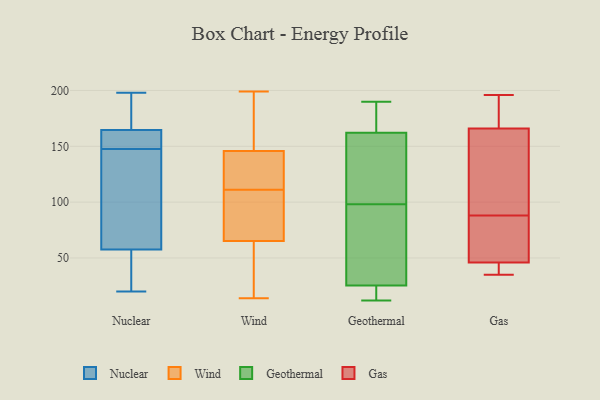
{"axis": {"x": "Energy Usage (MWh)", "y": "Value"}, "legend": ["Gas", "Geothermal", "Nuclear", "Wind"], "data": [{"x": "", "y": 100, "type": "Nuclear"}, {"x": "", "y": 52, "type": "Nuclear"}, {"x": "", "y": 33, "type": "Nuclear"}, {"x": "", "y": 142, "type": "Nuclear"}, {"x": "", "y": 161, "type": "Nuclear"}, {"x": "", "y": 168, "type": "Nuclear"}, {"x": "", "y": 63, "type": "Nuclear"}, {"x": "", "y": 198, "type": "Nuclear"}, {"x": "", "y": 153, "type": "Nuclear"}, {"x": "", "y": 157, "type": "Nuclear"}, {"x": "", "y": 20, "type": "Nuclear"}, {"x": "", "y": 179, "type": "Nuclear"}, {"x": "", "y": 65, "type": "Wind"}, {"x": "", "y": 152, "type": "Wind"}, {"x": "", "y": 66, "type": "Wind"}, {"x": "", "y": 25, "type": "Wind"}, {"x": "", "y": 179, "type": "Wind"}, {"x": "", "y": 199, "type": "Wind"}, {"x": "", "y": 115, "type": "Wind"}, {"x": "", "y": 14, "type": "Wind"}, {"x": "", "y": 127, "type": "Wind"}, {"x": "", "y": 125, "type": "Wind"}, {"x": "", "y": 167, "type": "Wind"}, {"x": "", "y": 106, "type": "Wind"}, {"x": "", "y": 50, "type": "Wind"}, {"x": "", "y": 111, "type": "Wind"}, {"x": "", "y": 70, "type": "Wind"}, {"x": "", "y": 154, "type": "Geothermal"}, {"x": "", "y": 165, "type": "Geothermal"}, {"x": "", "y": 170, "type": "Geothermal"}, {"x": "", "y": 177, "type": "Geothermal"}, {"x": "", "y": 13, "type": "Geothermal"}, {"x": "", "y": 15, "type": "Geothermal"}, {"x": "", "y": 34, "type": "Geothermal"}, {"x": "", "y": 12, "type": "Geothermal"}, {"x": "", "y": 83, "type": "Geothermal"}, {"x": "", "y": 184, "type": "Geothermal"}, {"x": "", "y": 190, "type": "Geothermal"}, {"x": "", "y": 107, "type": "Geothermal"}, {"x": "", "y": 98, "type": "Geothermal"}, {"x": "", "y": 126, "type": "Geothermal"}, {"x": "", "y": 22, "type": "Geothermal"}, {"x": "", "y": 29, "type": "Geothermal"}, {"x": "", "y": 24, "type": "Geothermal"}, {"x": "", "y": 53, "type": "Geothermal"}, {"x": "", "y": 153, "type": "Geothermal"}, {"x": "", "y": 153, "type": "Gas"}, {"x": "", "y": 105, "type": "Gas"}, {"x": "", "y": 169, "type": "Gas"}, {"x": "", "y": 45, "type": "Gas"}, {"x": "", "y": 35, "type": "Gas"}, {"x": "", "y": 48, "type": "Gas"}, {"x": "", "y": 163, "type": "Gas"}, {"x": "", "y": 177, "type": "Gas"}, {"x": "", "y": 196, "type": "Gas"}, {"x": "", "y": 85, "type": "Gas"}, {"x": "", "y": 36, "type": "Gas"}, {"x": "", "y": 58, "type": "Gas"}, {"x": "", "y": 43, "type": "Gas"}, {"x": "", "y": 194, "type": "Gas"}, {"x": "", "y": 91, "type": "Gas"}, {"x": "", "y": 47, "type": "Gas"}]}